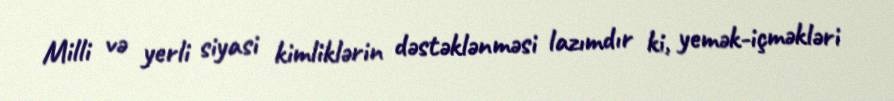
Milli və yerli siyasi kimliklərin dəstəklənməsi lazımdır ki, yemək-içməkləri